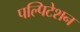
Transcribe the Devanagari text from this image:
पल्पिटेशन